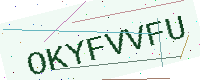
Text: OKYFVVFU